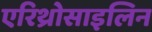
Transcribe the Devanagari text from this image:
एरिथ्रोसाइलिन